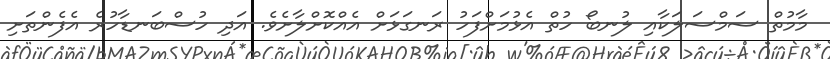
މާމުތް ސަމްސަލަކާއި ލުނބޯ ހުތް އެޅުމަށްފަހު ރަނގަޅަށް އެއްކޮށްލާށެވެ. އަދި ހުސްބަނޑާހުރެ އެފެންތަށި